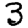
Digit: 3